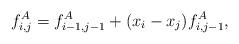
LaTeX: \begin{align*}f_{i,j}^A= f_{i-1,j-1}^A +(x_i - x_j) f_{i,j-1}^A ,\end{align*}